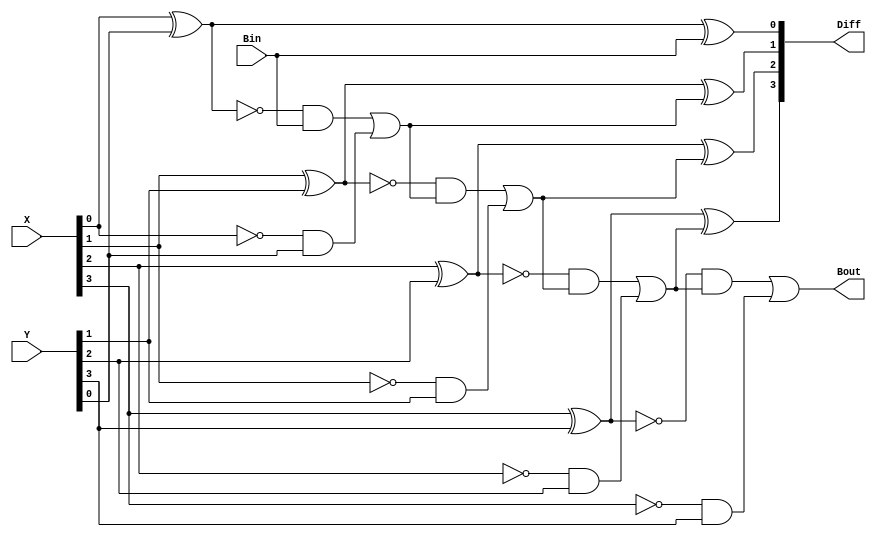
module Lab2_borrow_lookahead_sub (output [3:0] Diff, output Bout, input [3:0] X, Y, input Bin);
	wire [3:0]G,P,notP,notx,w;
	wire B1,B2,B3;
	not (notx[0],X[0]);
	not (notx[1],X[1]);
	not (notx[2],X[2]);
	not (notx[3],X[3]);
	
	and (G[0],notx[0],Y[0]);
	xor (P[0],X[0],Y[0]);
	not (notP[0],P[0]);
	and (w[0],notP[0],Bin);
	or (B1,w[0],G[0]);
	xor (Diff[0],P[0],Bin);

	and (G[1],notx[1],Y[1]);
	xor (P[1],X[1],Y[1]);
	not (notP[1],P[1]);
	and (w[1],notP[1],B1);
	or (B2,w[1],G[1]);
	xor (Diff[1],P[1],B1);

	and (G[2],notx[2],Y[2]);
	xor (P[2],X[2],Y[2]);
	not (notP[2],P[2]);
	and (w[2],notP[2],B2);
	or (B3,w[2],G[2]);
	xor (Diff[2],P[2],B2);

	and (G[3],notx[3],Y[3]);
	xor (P[3],X[3],Y[3]);
	not (notP[3],P[3]);
	and (w[3],notP[3],B3);
	or (Bout,w[3],G[3]);
	xor (Diff[3],P[3],B3);
endmodule